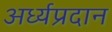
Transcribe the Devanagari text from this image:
अर्ध्यप्रदान